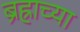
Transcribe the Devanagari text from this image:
ब्रह्राच्या